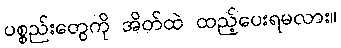
ပစ္စည်းတွေကို အိတ်ထဲ ထည့်ပေးရမလား။